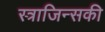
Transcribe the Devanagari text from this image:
स्त्राजिन्सकी